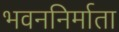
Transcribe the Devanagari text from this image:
भवननिर्माता